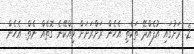
2. ރަށުގައި އުފެއްދޭ ތަކެތި އެހެން ރަށްރަށަށް ވިއްކޭނެ ގޮތެއް ނެތް. އެހެން